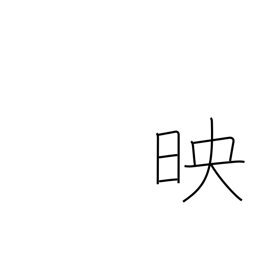
Meaning: projection